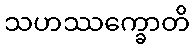
သဟဿက္ခောတိ